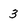
Character: 3